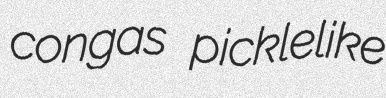
congas picklelike